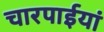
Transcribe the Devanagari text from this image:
चारपाईयां